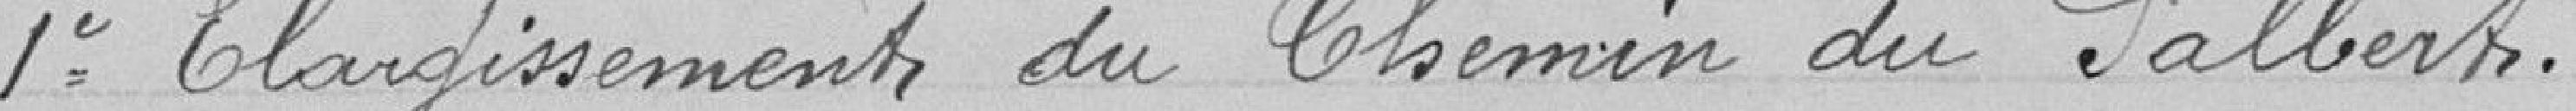
1° Elargissements du chemin du Salbert.